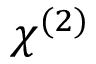
\chi ^ { ( 2 ) }